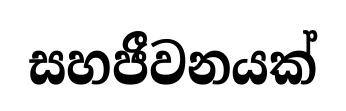
සහජීවනයක්